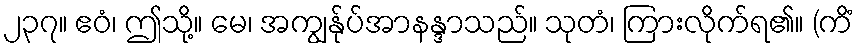
၂၃၇။ ဧဝံ၊ ဤသို့။ မေ၊ အကျွန်ုပ်အာနန္ဒာသည်။ သုတံ၊ ကြားလိုက်ရ၏။ (ကိံ